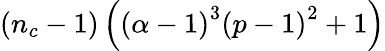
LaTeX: \left(n_{c}-1\right)\left(\left(\alpha-1\right)^{3}\left(p-1\right)^{2}+1\right)